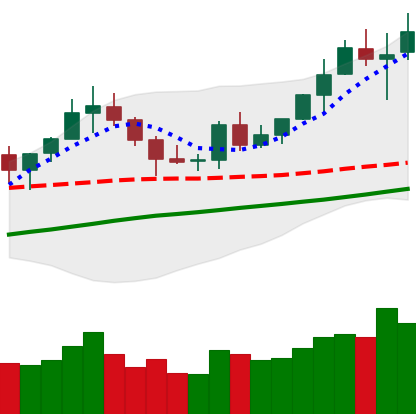
Ticker: BNB-USD
Chart end date: 2020-07-28
Forward return: 3.823%
Label: up_3_5